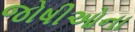
જોષીઓના